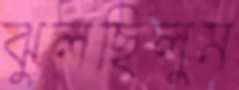
ঝুলছিলুম